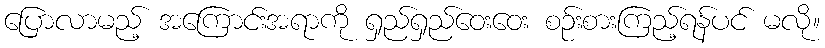
ပြောလာမည့် အကြောင်းအရာကို ရှည်ရှည်ဝေးဝေး စဉ်းစားကြည့်ရန်ပင် မလို။